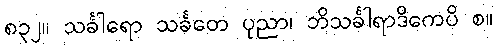
၈၃၂။ သင်္ခါရော သင်္ခတေ ပုညာ၊ ဘိသင်္ခါရာဒိကေပိ စ။